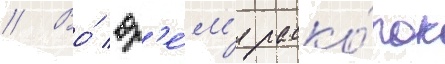
// Во́ вр'е́м'я раско́пок